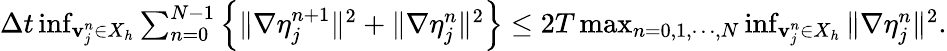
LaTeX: \begin{array}{r}{\Delta t\operatorname*{inf}_{{\mathbf v}_{j}^{n}\in X_{h}}\sum_{n=0}^{N-1}\left\{ \| \nabla{\mathbf\eta}_{j}^{n+1}\| ^{2}+\| \nabla{\mathbf\eta}_{j}^{n}\| ^{2}\right\} \le 2T\operatorname*{max}_{n=0,1,\cdots,N}\operatorname*{inf}_{{\mathbf v}_{j}^{n}\in X_{h}}\| \nabla{\mathbf\eta}_{j}^{n}\| ^{2}.}\end{array}